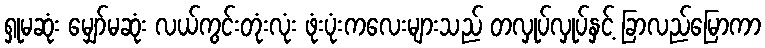
ရှုမဆုံး မျှော်မဆုံး လယ်ကွင်းတုံးလုံး ဖုံးပုံးကလေးများသည် တလှုပ်လှုပ်နှင့် ခြာလည်မြောကာ